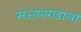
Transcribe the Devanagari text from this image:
सज्जनगडाला